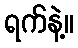
ရက်နဲ့။